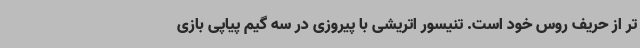
تر از حریف روس خود است. تنیسور اتریشی با پیروزی در سه گیم پیاپی بازی